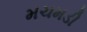
મચમડી